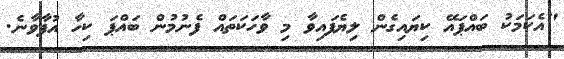
"އެކަމަކު ބައްޕައޭ ކިޔައިގެން ލިޔެފައިވާ މި ވާހަކަތައް ފެނުމުން ބައްޕަ ކިހާ އުފާވާނެ.